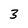
Character: 3